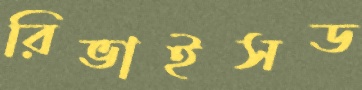
রিভাইসড